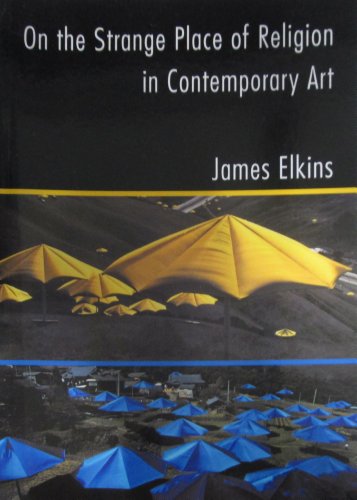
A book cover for On the Strange Place of Religion in Contemporary Art; James Elkins; Religion & Spirituality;